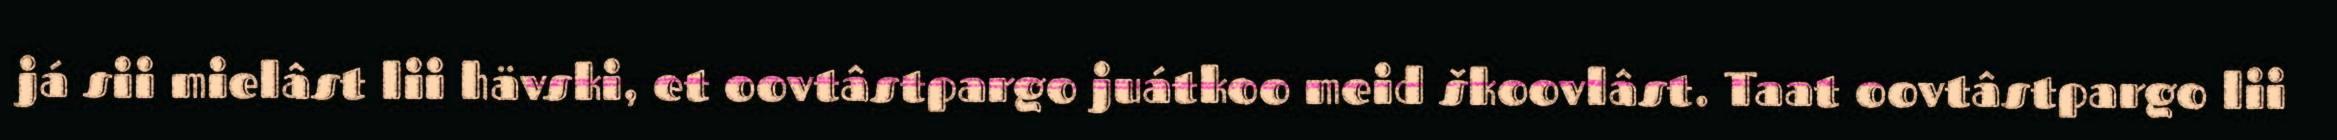
já sii mielâst lii hävski, et oovtâstpargo juátkoo meid škoovlâst. Taat oovtâstpargo lii